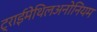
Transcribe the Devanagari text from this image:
ट्राईमेथिलअनोनियम